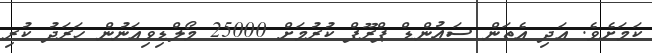
ކަމަށެވެ. އަދި އެތަން ސައުންޑް ޕްރޫފް ކުރުމަށް 25000 މޯލްޑިވިއަނުން ހަރަދު ކުރި